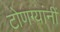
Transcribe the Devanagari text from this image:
टोणग्यांनीं